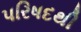
પરિષદથી